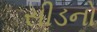
સીડનો